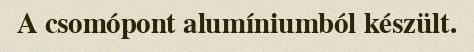
A csomópont alumíniumból készült.